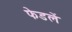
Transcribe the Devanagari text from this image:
फेडलें